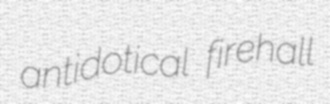
antidotical firehall